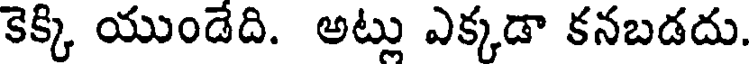
కెక్కి యుండేది. అట్లు ఎక్కడా కనబడదు.